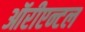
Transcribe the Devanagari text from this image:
ऑरीएन्टल